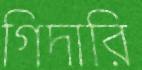
গিদারি